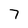
Character: 7